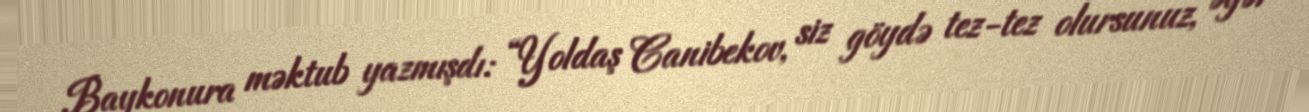
Baykonura məktub yazmışdı: “Yoldaş Canibekov, siz göydə tez-tez olursunuz, əgər